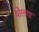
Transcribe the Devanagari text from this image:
वोलगा